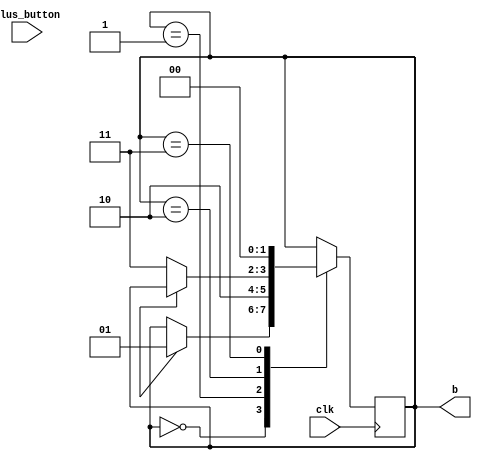
module plus_oneshot ( clk, plus_button, b );
input clk;
input plus_button;
output [1:0] b;
reg [1:0] b;
always @ (posedge clk) begin
case(b)
2'b00:
if(a == 1'b1)
b <= 2'b01;
2'b01:
b <= 2'b10;
2'b10:
if(a == 1'b0)
b <= 2'b11;
2'b11:
b <= 2'b00;
default:
b <= 2'b00;
endcase
end
endmodule